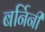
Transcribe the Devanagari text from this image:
बर्निनी